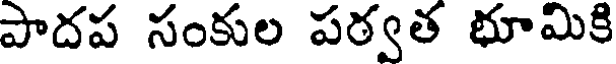
పాదప సంకుల పర్వత భూమికి